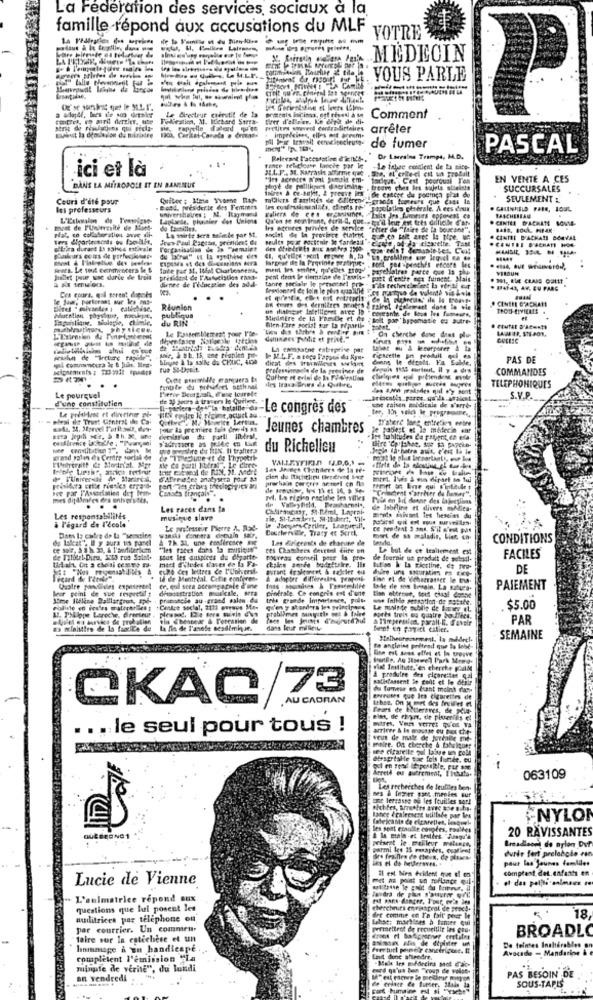
La Federation des services, sociaux a la
famille répond aux accusations du MLF
------
VOTRE
MÉDECIN
VOUS PARLE
Le Grecteur caerstif de la
Comment
strat de rowdycions qui peola-
Fretives wwwverd cordpartirtelres
impedeines, elles af arm.
arrêter
de fumer
PASCAL
Relevant L'accusation d'i It's-
De Lorraine Trampe, M.D.
ici et là
IL.L. P ., BL. KMPrash affirme que
rance nel close lanche por le
-Le ichee contient de ta nape-
tacleut. Cent pooroual T'an
EN VENTE A CES
DANS LA MÉTROPOLE IT EN BANLIEUE
SUCCURSALES
Cours d'été pour
Quitec : Mme Yvomne Rup-
SEULEMENT &
les professeurs
universitaires ; M. 1tag mand
6484. presider te des Femmes
Laplande, pionnier das Unione
"Laity Ies fumeurs coposest en
RASCHESEAN
Irs egenees privées de service "piter de "faire de la bocans .
Nat, co collaboration avec mit-
Ters @lpartecsents ou facilit.
Jews Poul Pagesas, grefluent el
Lo soirte sera selinde por St.
seules pora pocitnir In fardesd
. CINIEE D'ACHATS DORVAL
offrira durant is saison estivale
Forganisation de la Themsint
.CENTEI D'ACHATS HON
Seits. Le tout cenmengers le &
Tade par st. 15/24 Charlesness,
Bargear ift la Provinde wrathpic. . porit pod penchés encore les
VERDUN
pellet pour une durée de troit
dienne de l'éducation des add-
pent dent in diemaine de T'ouis- " post d'enthe net fuinent. Mais
tante sociale It ponctuel fra - s'ils recherche et la viral our
Het Hartquo de volants vis Lola
. 8941-43, AW, EU PARG
Cca cours, qui peren! dapets
Réunion
Beirot Igtlemart date lo ole
"ceyeanin de tous les fumeur ..
TeCO-CIVICALE
publique
du RIN
Ministre de la Famille et cho
Bolt por bysomatie ou autre-
Le Taksemblemest pour I'de-
Bien-Fire social sur ta popartie
La emmagatne enterprise par
pracht de "Ireture tapudr .
bluse & la salle da CHUC, 400
dans le dicolt. Es Sabde.
PAS DE
professoraels de la presine
depois 1935 surtout, il y a drs
COMMANDES
Come etlille eramquers Bs
iles trava Eries de Quitte.
Cufbre et eviel de la Fi Siration
TELEPHONIQUES
d'une constitution
Le pourquel
Joees à travers le Quitene.
S.V.P.
l-fele detta bobine ts-Le congrès des
:- Le congrès des
ter, Ein solch Ie programmes,
she taisen moidicale de s'arre-
pieai thf Trutt Contrat de Ca.
Quelve . M. Howeice Lersus.
Pour la première fois only $1
Jeunes chambres
Je tabest of le médecin our
Is habitudes Ca patient, en esa-
ge bershire du fix. It trahier?
du Richelieu
.Jeein fachatre auit, e'eit ta le
paid palen da Cemre social de
Deitt le plus for partant !, one to
De TUniversite de Marireal,
DATeretes analysera pour 33
prochain porgres aeseri cn flas
mert. I'ves & mun dipart so tui
Canses francais".
"Cringeat warrbeer de hamar".
mes didimfes drs enhorstthe
M. La rigin eselhe les villes Pyle en bil deene des lajections
Les races dans la
de Valleyfield, Bearharmsl",
de labfling et divers medica-
à l'égard de l'école
Les responsabilités
musique slave
ments suivant les besoins du
Le professeur Pierre A. 158-
Courtwerver, Tracy et Serek,
por Ceriler, Leaturalt,
ce pendent 3 ans, S'il n'est pas
do taleat", Il y aura tis panel
Dans Iz cadre de La "semaine
A 7h. 23, une confiresce HE
Los dirigeants de chacune de
mort de sa maladie, bien en-
CONDITIONS
"les faces dans la musique"
ces Chambers deurenl cute un
Le but de ce traitement est
mett S'iledes slaves do La Fa-
pout les auspices du diparte-
pourras conseil pour Is pre- de fournir un produit de sebel-
ckales sorde bodeitele. Ils
FACILES
une des lettres de l'Ubierst.
avrant fralemeet & nojcker eu
DE
Ia de Montreal. Cette conforen-
À adopter differgulns poro
Quatre pandlidies expesesent
diesestration musicale, sera
er, eul stea accompagnle d'me
piotrale Co congris est d'une
toas . soumises & Tasice Mille
lade de son besoin. La situa-
PAIEMENT
leur peint de vue respecoff
tets grande Importance, polls
w Inible sensation de sotate.
Igpe Laroche, directeur , pleased. Elt tors surit d'un
$5.00
grablimes uyuein out & Ialed poets trois ou quatre bo Eines.
aninpresion, parall-It. d'avoir
PAR
na miaittire de la fabrice de
La fin de T'anese sesdimi it.
dans leur millet
SEMAINE
De anglaise pritead que la lobe-
plat Institute, en cherete poulde
A produire des cigarettes qal
satisfassent le cont et lo deir
du famese es brant molink da
QKAC/73
AU CADRAN
Ithee. On y met des freires et
tyruses que les cigarettes de
Fears de Routernnes, de Seia-
eles, de regre, de piacerilis et
... le seul pour tous !
see cigareite sul laive in cell
otragrisHe Bac fols fumée. eu
Arreth ou autrement, Ifthata.
063109
Les recherches de feulites ben.
nes & foper sans .menles sur
tone lergasse of les feuilles sert
-NYLON
END 1
les pont essulle comptes, Fas tes
20 RAVISSANTES
durie fert prelaholo ran
ire frailles d'e theun, de pitus-
pour les jeunes famliles
comptant det.enfants en
Lucie de Vienne
L'animatrice répond aux
questions que lui posent les
nudlitrices par téléphone on
det comme on T'a bit' pour le
Lahoe: martens à tenter qui
18
par courrier. Un commen
permettref de recueillir les cou-
BROADLO
faire sur In estechese et un
hommage à en handicape
fuer turt point? canctricose. It
De teintes Inaherables on
Avocade - Mandarine &
complètent l'émission "La
Imit dont attendre.
" Makt Irs médecins set d'ac-
minute de verite", du lundi
cord qa'us ben "coup de volst-
PAS BESOIN DE
an vendredi
SOUS-TAPIS